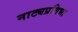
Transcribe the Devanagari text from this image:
नाट्यप्रतिभा